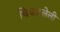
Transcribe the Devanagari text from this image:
चिघळलेली